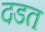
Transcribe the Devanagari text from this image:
दडत